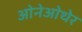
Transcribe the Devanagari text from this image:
ओनेओथेर